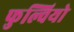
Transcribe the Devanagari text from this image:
फुल्वियो